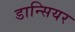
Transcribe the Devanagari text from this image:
डान्सियर